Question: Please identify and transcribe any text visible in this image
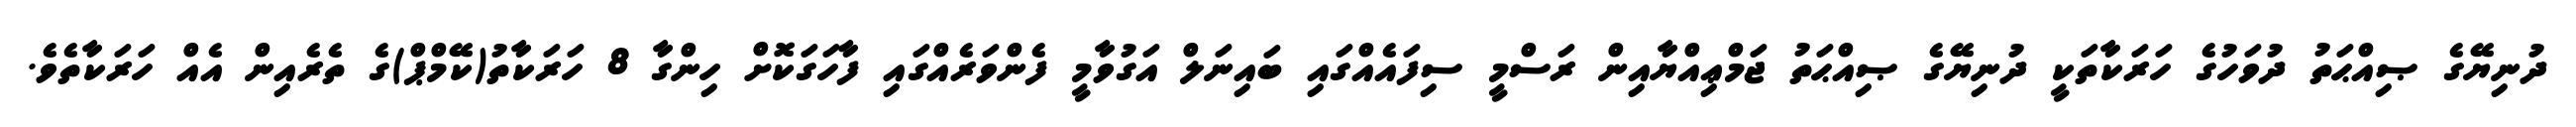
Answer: ދުނިޔޭގެ ޞިއްޙަތު ދުވަހުގެ ހަރަކާތަކީ ދުނިޔޭގެ ޞިއްޙަތު ޖަމްޢިއްޔާއިން ރަސްމީ ސިފައެއްގައި ބައިނަލް އަގުވާމީ ފެންވަރެއްގައި ފާހަގަކޮށް ހިންގާ 8 ހަރަކާތު(ކޭމްޕް)ގެ ތެރެއިން އެއް ހަރަކާތެވެ.